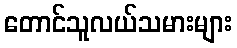
တောင်သူလယ်သမားများ